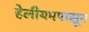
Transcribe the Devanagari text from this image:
हेलीयमपासून